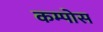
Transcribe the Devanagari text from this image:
कम्पोस